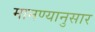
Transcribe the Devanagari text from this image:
मानण्यानुसार